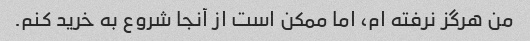
من هرگز نرفته ام، اما ممکن است از آنجا شروع به خرید کنم.